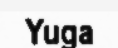
Yuga